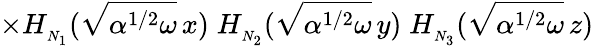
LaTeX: \times H_{_{N_{1}}}(\sqrt{\alpha^{1/2}\omega}\, x)\; H_{_{N_{2}}}(\sqrt{\alpha^{1/2}\omega}\, y)\; H_{_{N_{3}}}(\sqrt{\alpha^{1/2}\omega}\, z)